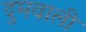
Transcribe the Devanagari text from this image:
दुमवाली